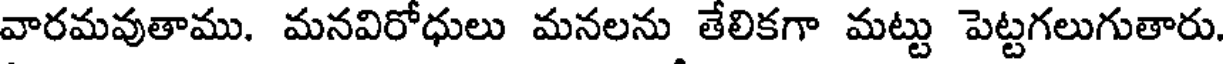
వారమవుతాము. మనవిరోధులు మనలను తేలికగా మట్టు పెట్టగలుగుతారు.